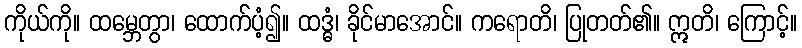
ကိုယ်ကို။ ထမ္ဘေတွာ၊ ထောက်ပံ့၍။ ထဒ္ဓံ၊ ခိုင်မာအောင်။ ကရောတိ၊ ပြုတတ်၏။ ဣတိ၊ ကြောင့်။